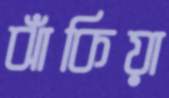
ঝাঁকিয়া